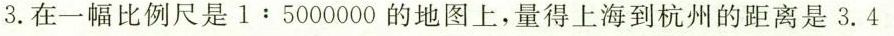
3.在一幅比例尺是$$1:5000000$$的地图上，量得上海到杭州的距离是3.4